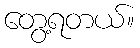
တွေ့ရတယ်။